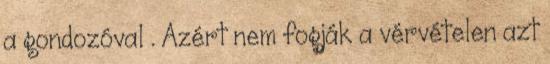
a gondozóval . Azért nem fogják a vérvételen azt